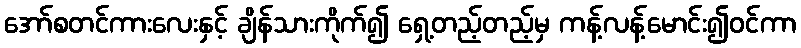
အော်စတင်ကားလေးနှင့် ချိန်သားကိုက်၍ ရှေ့တည့်တည့်မှ ကန့်လန့်မောင်း၍ဝင်ကာ